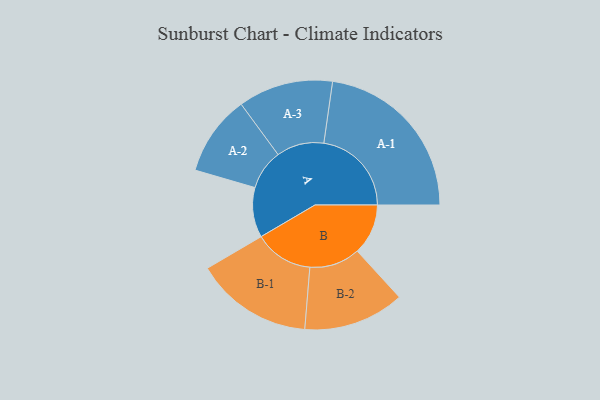
{"axis": {"x": "Segment", "y": "Value"}, "legend": ["", "A", "B"], "data": [{"x": "A", "y": 164, "type": ""}, {"x": "B", "y": 167, "type": ""}, {"x": "A-1", "y": 288, "type": "A"}, {"x": "A-2", "y": 132, "type": "A"}, {"x": "A-3", "y": 156, "type": "A"}, {"x": "B-1", "y": 193, "type": "B"}, {"x": "B-2", "y": 166, "type": "B"}]}